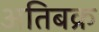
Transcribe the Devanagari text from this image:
अतिबक्र